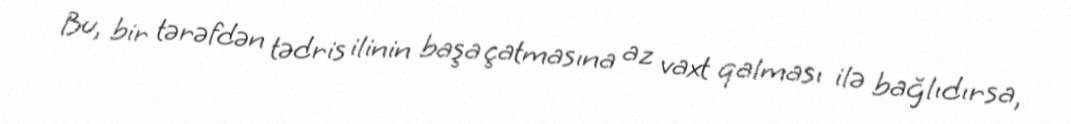
Bu, bir tərəfdən tədris ilinin başa çatmasına az vaxt qalması ilə bağlıdırsa,